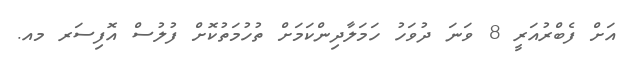
އަށް ފެބްރުއަރީ 8 ވަނަ ދުވަހު ހަމަލާދިންކަމަށް ތުހުމަތުކޮށް ފުލުސް އޮފިސަރ މއ.